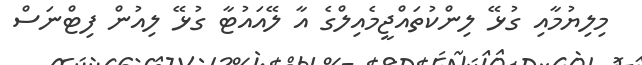
މިލިޔުމާއި ގުޅޭ ލިންކުތައްޖީމެއިލްގެ އާ ލޭއައުޓާ ގުޅޭ ލިއުން ފިޓްނަސް